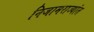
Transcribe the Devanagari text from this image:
निजामराज्यांत